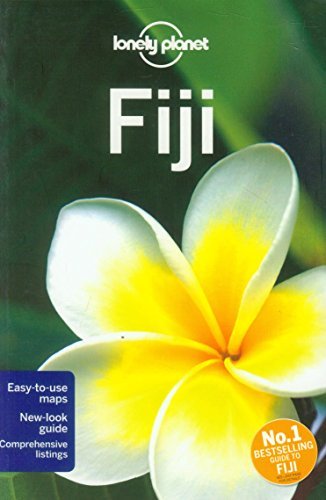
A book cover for By Lonely Planet Lonely Planet Fiji (Travel Guide) (9th Edition); Travel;